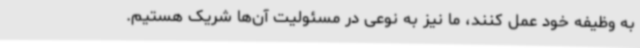
به وظیفه خود عمل کنند، ما نیز به نوعی در مسئولیت آن‌ها شریک هستیم.